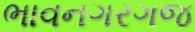
ભાવનગરગજ